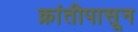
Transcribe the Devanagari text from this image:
क्रांतीपासून